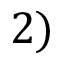
2 )